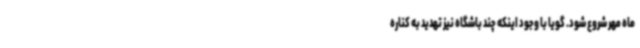
ماه مهر شروع شود. گویا با وجود اینکه چند باشگاه نیز تهدید به کناره